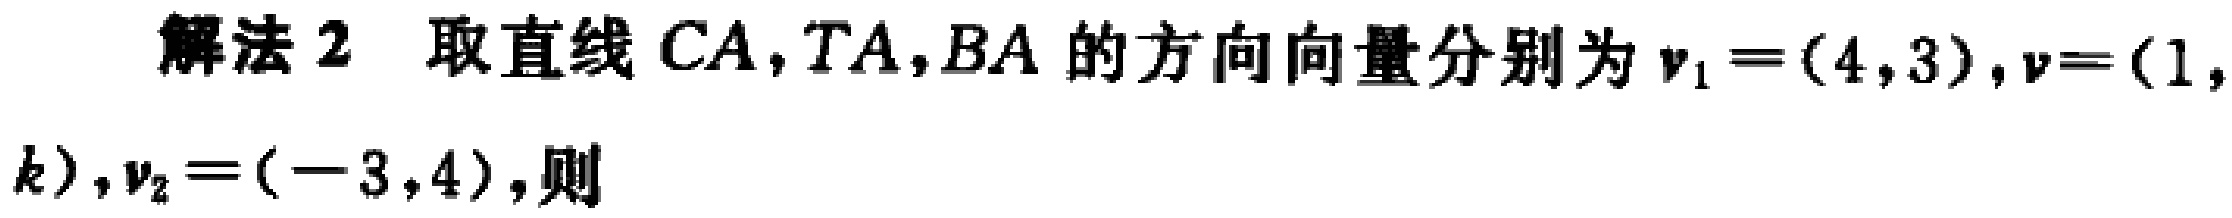
解法 2 取直线 \(CA,TA,BA\) 的方向向量分别为 \(\boldsymbol{v}_{1}=(4,3),\boldsymbol{v}=(1,k),\boldsymbol{v}_{2}=(-3,4)\)，则